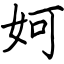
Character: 妸